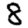
Digit: 8